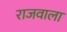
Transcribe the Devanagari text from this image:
राजवाला